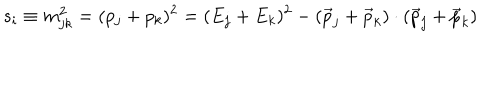
LaTeX: s _ { i } \equiv m _ { j k } ^ { 2 } = ( p _ { j } + p _ { k } ) ^ { 2 } = ( E _ { j } + E _ { k } ) ^ { 2 } - ( { \vec { p } } _ { j } + { \vec { p } } _ { k } ) \cdot ( { \vec { p } } _ { j } + { \vec { p } } _ { k } )